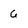
Character: 6